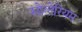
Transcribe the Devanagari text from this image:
सोलेरियम